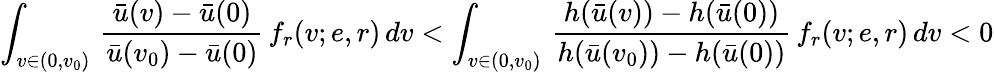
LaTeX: \int_{v\in(0,v_{0})}\, \frac{\bar{u}(v)-\bar{u}(0)}{\bar{u}(v_{0})-\bar{u}(0)}\, f_{r}(v;e,r)\, dv<\int_{v\in(0,v_{0})}\, \frac{h(\bar{u}(v))-h(\bar{u}(0))}{h(\bar{u}(v_{0}))-h(\bar{u}(0))}\, f_{r}(v;e,r)\, dv<0